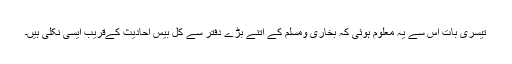
تیسری بات اس سے یہ معلوم ہوئی کہ بخاری ومسلم کے اتنے بڑے دفتر سے کل بیس احادیث کےقریب ایسی نکلی ہیں۔